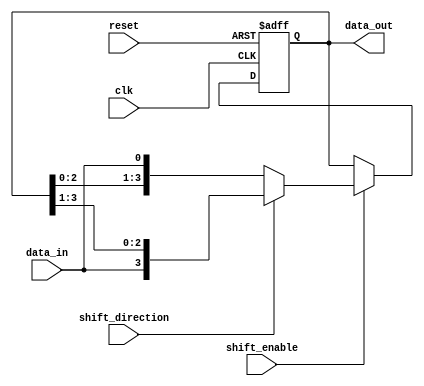
module shift_register(
    input wire clk,
    input wire reset,
    input wire shift_enable,
    input wire shift_direction,
    input wire data_in,
    output reg [3:0] data_out
);

reg [3:0] reg_data;

always @(posedge clk or posedge reset) begin
    if (reset) begin
        reg_data <= 4'b0000;
    end else if (shift_enable) begin
        if (shift_direction) begin
            reg_data <= {data_in, reg_data[3:1]};
        end else begin
            reg_data <= {reg_data[2:0], data_in};
        end
    end
end

assign data_out = reg_data;

endmodule